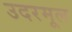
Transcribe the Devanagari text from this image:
उदरमूल